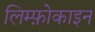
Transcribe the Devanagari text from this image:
लिम्फ़ोकाइन